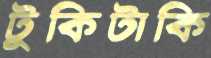
টুকিটাকি